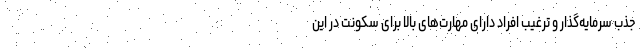
جذب سرمایه‌گذار و ترغیب افراد دارای مهارت‌های بالا برای سکونت در این